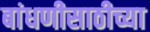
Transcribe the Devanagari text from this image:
बांधणीसाठीच्या